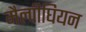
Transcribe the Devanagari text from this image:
मैल्पीघियन